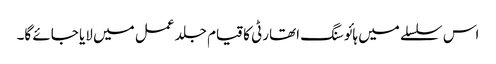
اس سلسلے میں ہائوسنگ اتھارٹی کا قیام جلد عمل میں لایا جائے گا۔